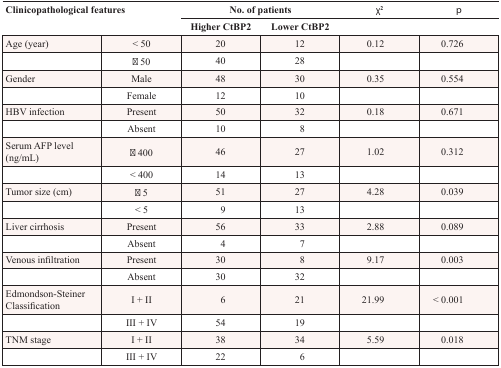
| <ROWSPAN=2-COLSPAN=2> Clinicopathological features | <COLSPAN=2> No. of patients | χ2 | p |
 | Higher CtBP2 | Lower CtBP2 |  |  |
 | --- | --- | --- | --- | --- | --- |
 | Age (year) | < 50 | 20 | 12 | 0.12 | 0.726 |
 |  | ≧ 50 | 40 | 28 |  |  |
 | Gender | Male | 48 | 30 | 0.35 | 0.554 |
 |  | Female | 12 | 10 |  |  |
 | HBV infection | Present | 50 | 32 | 0.18 | 0.671 |
 |  | Absent | 10 | 8 |  |  |
 | Serum AFP level (ng/mL) | ≧ 400 | 46 | 27 | 1.02 | 0.312 |
 |  | < 400 | 14 | 13 |  |  |
 | Tumor size (cm) | ≧ 5 | 51 | 27 | 4.28 | 0.039 |
 |  | < 5 | 9 | 13 |  |  |
 | Liver cirrhosis | Present | 56 | 33 | 2.88 | 0.089 |
 |  | Absent | 4 | 7 |  |  |
 | Venous infiltration | Present | 30 | 8 | 9.17 | 0.003 |
 |  | Absent | 30 | 32 |  |  |
 | Edmondson-Steiner Classification | I + II | 6 | 21 | 21.99 | < 0.001 |
 |  | III + IV | 54 | 19 |  |  |
 | TNM stage | I + II | 38 | 34 | 5.59 | 0.018 |
 |  | III + IV | 22 | 6 |  |  |